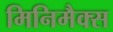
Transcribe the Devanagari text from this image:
मिनिमैक्स